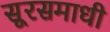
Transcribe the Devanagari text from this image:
सूरसमाधी